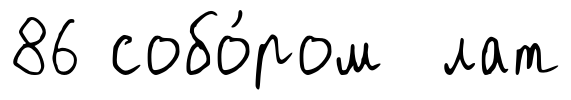
86 собо́ром лат